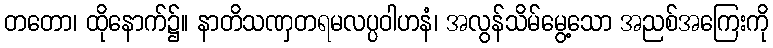
တတော၊ ထိုနောက်၌။ နာတိသဏှတရမလပ္ပဝါဟနံ၊ အလွန်သိမ်မွေ့သော အညစ်အကြေးကို